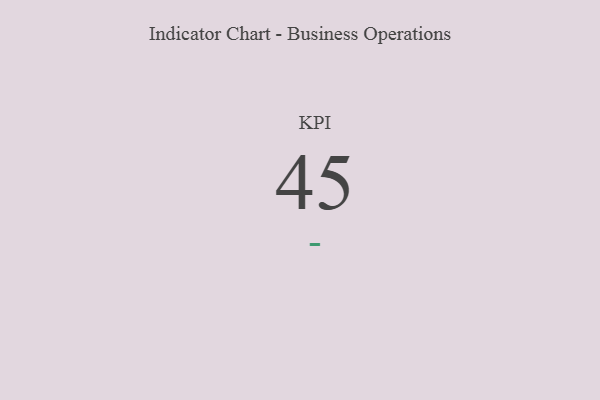
{"axis": {"x": "KPI", "y": "Value"}, "legend": [""], "data": [{"x": "KPI", "y": 45, "type": ""}]}